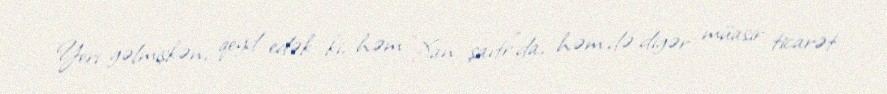
Yeri gəlmişkən, qeyd edək ki, həm "Xan şaıtr"da, həm də digər müasir ticarət